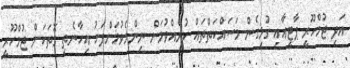
އަދި ޖުމްހޫރީ ޕާޓީއާއި ގުޅިގެން މަސައްކަތްތައް ކުރެއްވުމަށް ނިންމެވުމަށްފަހު އިހާނެތި ގޮތަކަށް ޖުމްހޫރީ